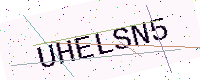
Text: UHELSN5